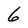
Character: 6